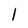
Character: 1